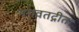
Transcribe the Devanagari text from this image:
भगवतद्गीता